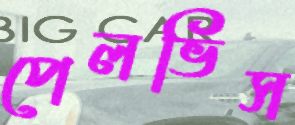
পেলভিস